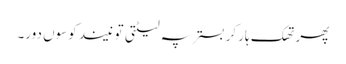
پھر تھک ہار کر بستر پہ لیٹتی تو نیند کوسوں دور۔